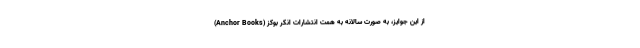
از این جوایز، به صورت سالانه به همت انتشارات انکر بوکز (Anchor Books)